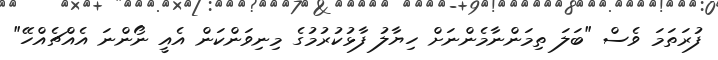
ފުރަތަމަ ވެސް "ބަލަ ތިމަންނާމެންނަށް ހިޔާލު ފާޅުކުރުމުގެ މިނިވަންކަން އެއީ ނޯންނަ އެއްޗެއްހޭ"